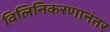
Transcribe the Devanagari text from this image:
विलिनिकरणानंतर